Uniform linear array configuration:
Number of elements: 4
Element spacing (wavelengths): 0.75
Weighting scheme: exponential
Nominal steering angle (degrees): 0
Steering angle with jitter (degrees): -0.5442
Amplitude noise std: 0.05
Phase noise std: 0.05

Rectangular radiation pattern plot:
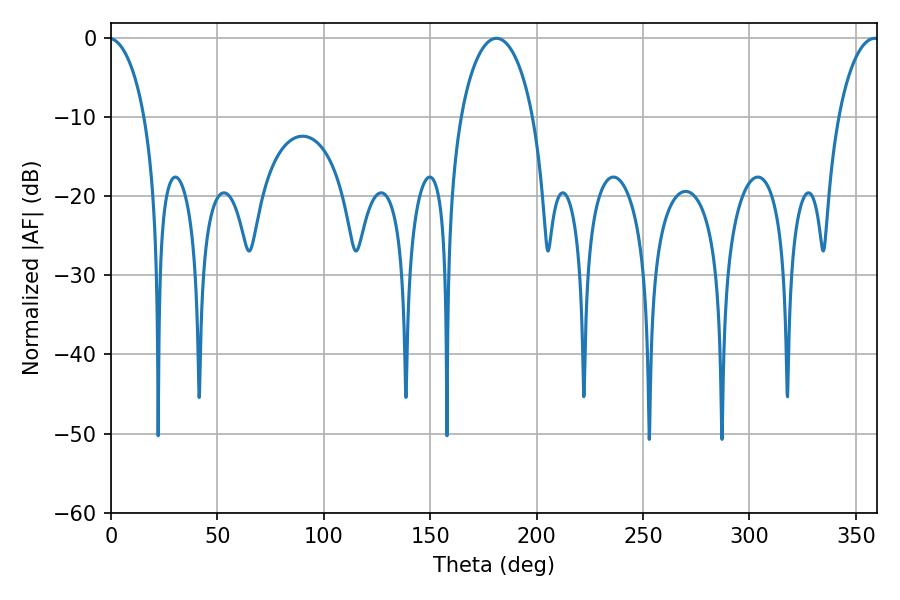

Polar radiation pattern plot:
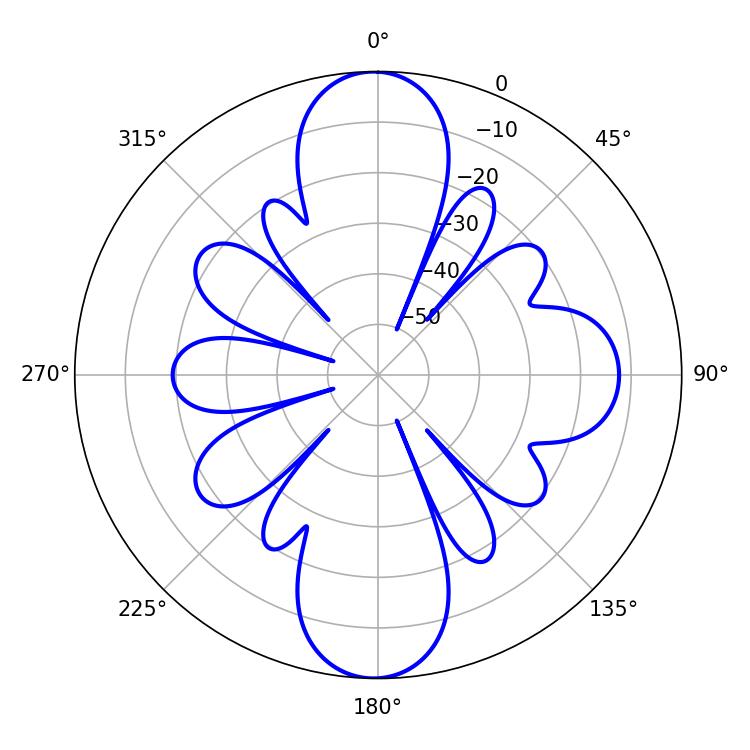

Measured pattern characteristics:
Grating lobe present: TRUE
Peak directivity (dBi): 26.413
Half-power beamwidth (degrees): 19.62
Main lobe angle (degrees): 181.08